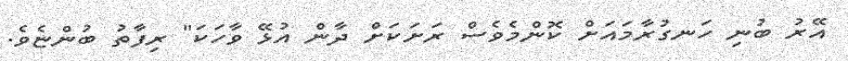
އޭރު ބުނި ހަނގުރާމައަށް ކޮންމެވެސް ރަށަކަށް ދާން އުޅޭ ވާހަކަ" ރިފާތު ބުންޏެވެ.